Statistical return of the lunatic asylum in Assam - 1912-1932
Year: 1912
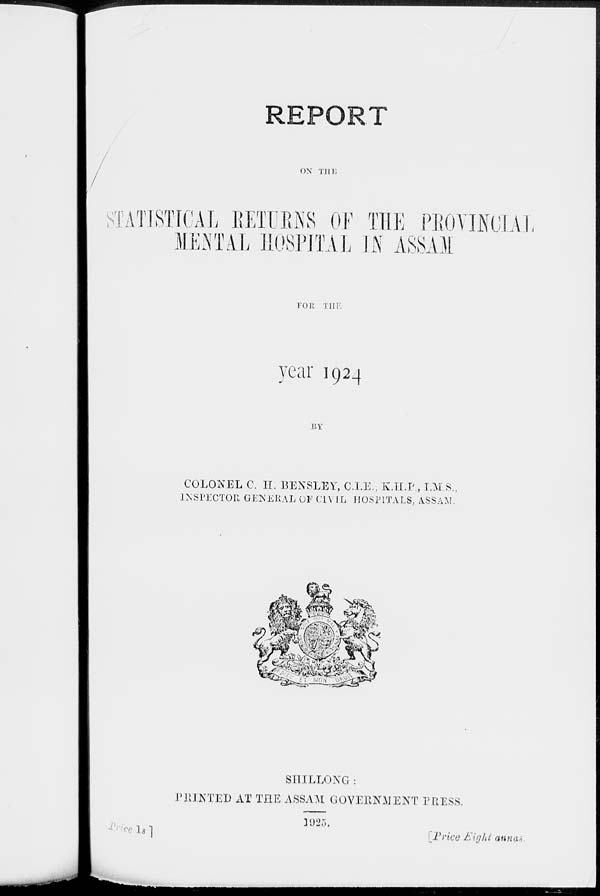
REPORT
OX Till]
STATISTICAL EETUKNS OF THE PEOYMOIAI
MENTAL HOSPITAL Iff ASSAM
FOll THE
year 1924
BY
COLONEL C. II. BENSLEY, C.LE, K.H.P., I.M.S.,
INSPECTOR GENERAL OF CIVIL HOSPITALS, ASSAM.
"££^4:,
SHILLONG:
PHINTED AT THE ASSAM GOVERNMENT PRESS.
" Is ]
1925.
[Price bight anna-